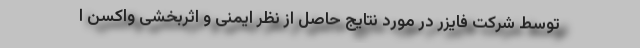
توسط شرکت فایزر در مورد نتایج حاصل از نظر ایمنی و اثربخشی واکسن ا